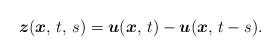
LaTeX: \begin{align*}\boldsymbol{z}(\boldsymbol{x},\,t,\,s) = \boldsymbol{u} (\boldsymbol{x},\,t) - \boldsymbol{u} (\boldsymbol{x},\,t - s).\end{align*}